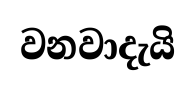
වනවාදැයි